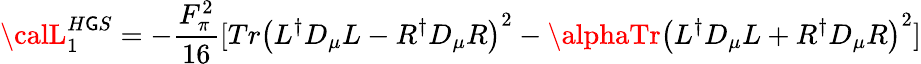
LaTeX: {\calL}_{1}^{H\mathsf{G}S}=-\frac{{F_{\pi}^{2}}}{{16}}[Tr\left(L^{\dagger}D_{\mu}L-R^{\dagger}D_{\mu}R\right)^{2}-\alphaTr\left(L^{\dagger}D_{\mu}L+R^{\dagger}D_{\mu}R\right)^{2}]